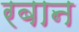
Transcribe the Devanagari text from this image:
रबान